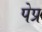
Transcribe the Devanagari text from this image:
पेप्र